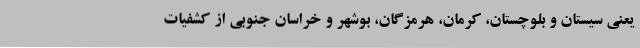
یعنی سیستان و بلوچستان، کرمان، هرمزگان، بوشهر و خراسان جنوبی از کشفیات